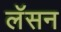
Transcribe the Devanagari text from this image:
लॅसन